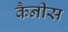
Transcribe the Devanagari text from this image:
कैनीस